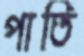
পাতি